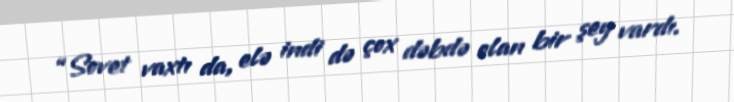
“Sovet vaxtı da, elə indi də çox dəbdə olan bir şey vardı.